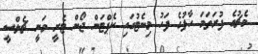
މެޗުގެ ފުރަތަމަ ހާފުގެ ފަހު މިނެޓުގައި ކެޕްޓަން ޖޯން ޓެރީ ވަނީ ޗެލްސީ